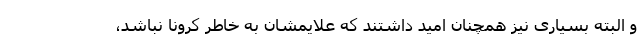
و البته بسیاری نیز همچنان امید داشتند که علایمشان به خاطر کرونا نباشد،